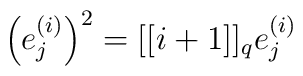
\left(e_j^{(i)}\right)^2= [[i+1]]_{{q}} e_j^{(i)}